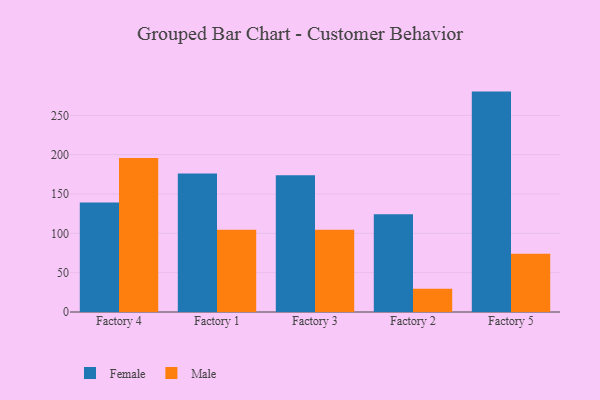
{"axis": {"x": "Factory", "y": "Website Visitors"}, "legend": ["Female", "Male"], "data": [{"x": "Factory 4", "y": 139.1, "type": "Female"}, {"x": "Factory 4", "y": 195.7, "type": "Male"}, {"x": "Factory 1", "y": 176.0, "type": "Female"}, {"x": "Factory 1", "y": 104.5, "type": "Male"}, {"x": "Factory 3", "y": 174.0, "type": "Female"}, {"x": "Factory 3", "y": 104.7, "type": "Male"}, {"x": "Factory 2", "y": 124.2, "type": "Female"}, {"x": "Factory 2", "y": 29.5, "type": "Male"}, {"x": "Factory 5", "y": 280.2, "type": "Female"}, {"x": "Factory 5", "y": 74.1, "type": "Male"}]}